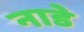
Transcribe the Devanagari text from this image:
नाडे